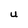
Character: U